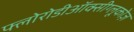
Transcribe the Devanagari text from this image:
फ्लोरोडीऑक्सीग्लूकोज़